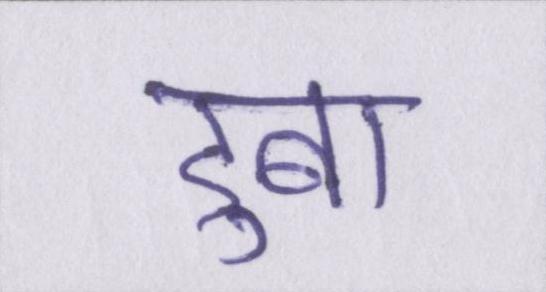
डुबा